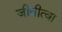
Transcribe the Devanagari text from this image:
जीवीत्वा